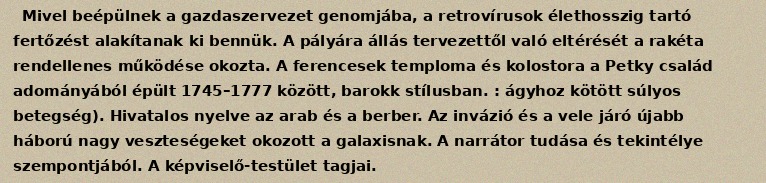
Mivel beépülnek a gazdaszervezet genomjába, a retrovírusok élethosszig tartó fertőzést alakítanak ki bennük. A pályára állás tervezettől való eltérését a rakéta rendellenes működése okozta. A ferencesek temploma és kolostora a Petky család adományából épült 1745–1777 között, barokk stílusban. : ágyhoz kötött súlyos betegség). Hivatalos nyelve az arab és a berber. Az invázió és a vele járó újabb háború nagy veszteségeket okozott a galaxisnak. A narrátor tudása és tekintélye szempontjából. A képviselő-testület tagjai.